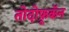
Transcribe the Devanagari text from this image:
तोदोफ़ूकॅन